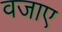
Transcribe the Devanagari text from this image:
वजाए